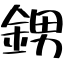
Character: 𨦻